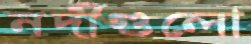
নদীগুলো